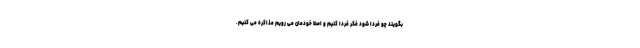
بگویند چو فردا شود فکر فردا کنیم و اصلا خودمان می رویم مذاکره می کنیم.